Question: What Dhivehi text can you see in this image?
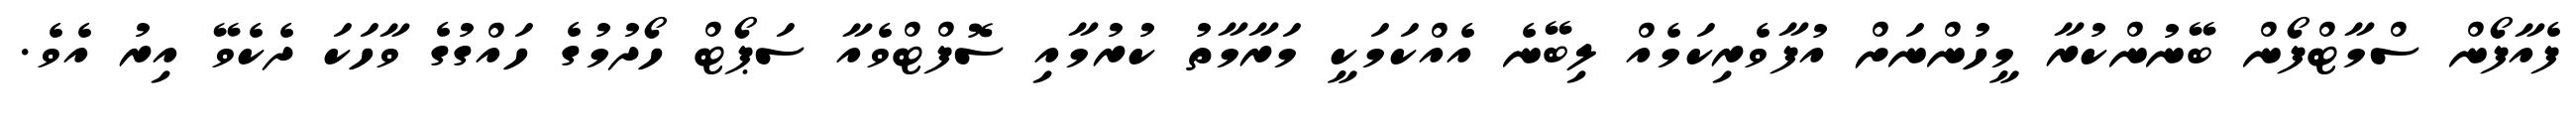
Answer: ފެއާފޯން ސްމާޓްފޯން ބޭނުންކުރާ މީހުންނަށް އުފާވެރިކަމެއް ލިބޭނެ އެއްކަމަކީ މަރާމާތު ކުރުމާއި ސޮފްޓްވެއާ ސަޕޯޓް ހޯދުމުގެ ހައްގުގެ ވާހަކަ ދެކެވޭ އިރު އެވެ.